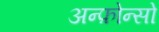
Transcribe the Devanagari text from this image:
अन्फ़ोन्सो